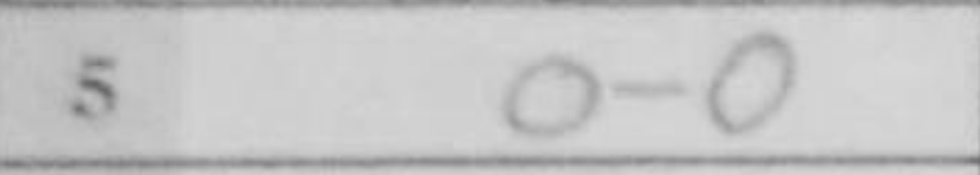
Transcription: O-O